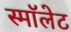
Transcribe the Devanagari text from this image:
स्माॅलेट